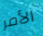
الأمر